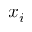
x _ { i }